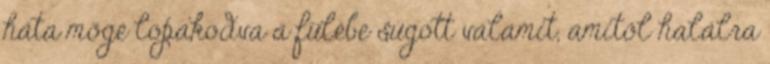
háta mögé lopakodva a fülébe súgott valamit, amitől halálra